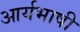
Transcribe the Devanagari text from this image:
आर्यभाषी